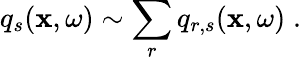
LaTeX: q_{s}(\mathbf{x},\omega)\sim\sum_{r}q_{r,s}(\mathbf{x},\omega)\; .